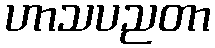
ဟာသပညတာ